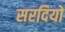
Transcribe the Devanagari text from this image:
सरदियों